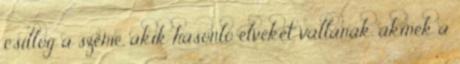
csillog a szeme, akik hasonló elveket vallanak, akinek a